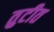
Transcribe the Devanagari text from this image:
तुटीत